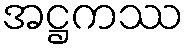
အဋ္ဌကဿ